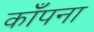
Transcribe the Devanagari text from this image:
काँपना